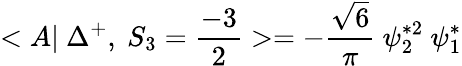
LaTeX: <A|~\Delta^{+},~S_{3}=\frac{-3}{2}>=-\frac{\sqrt{6}}{\pi}~\psi_{2}^{*2}~\psi_{1}^{*}